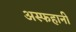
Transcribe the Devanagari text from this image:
अस्फहानी